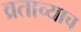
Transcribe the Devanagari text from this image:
व्रताच्याच